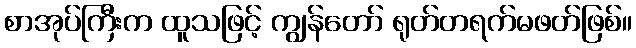
စာအုပ်ကြီးက ထူသဖြင့် ကျွန်တော် ရုတ်တရက်မဖတ်ဖြစ်။